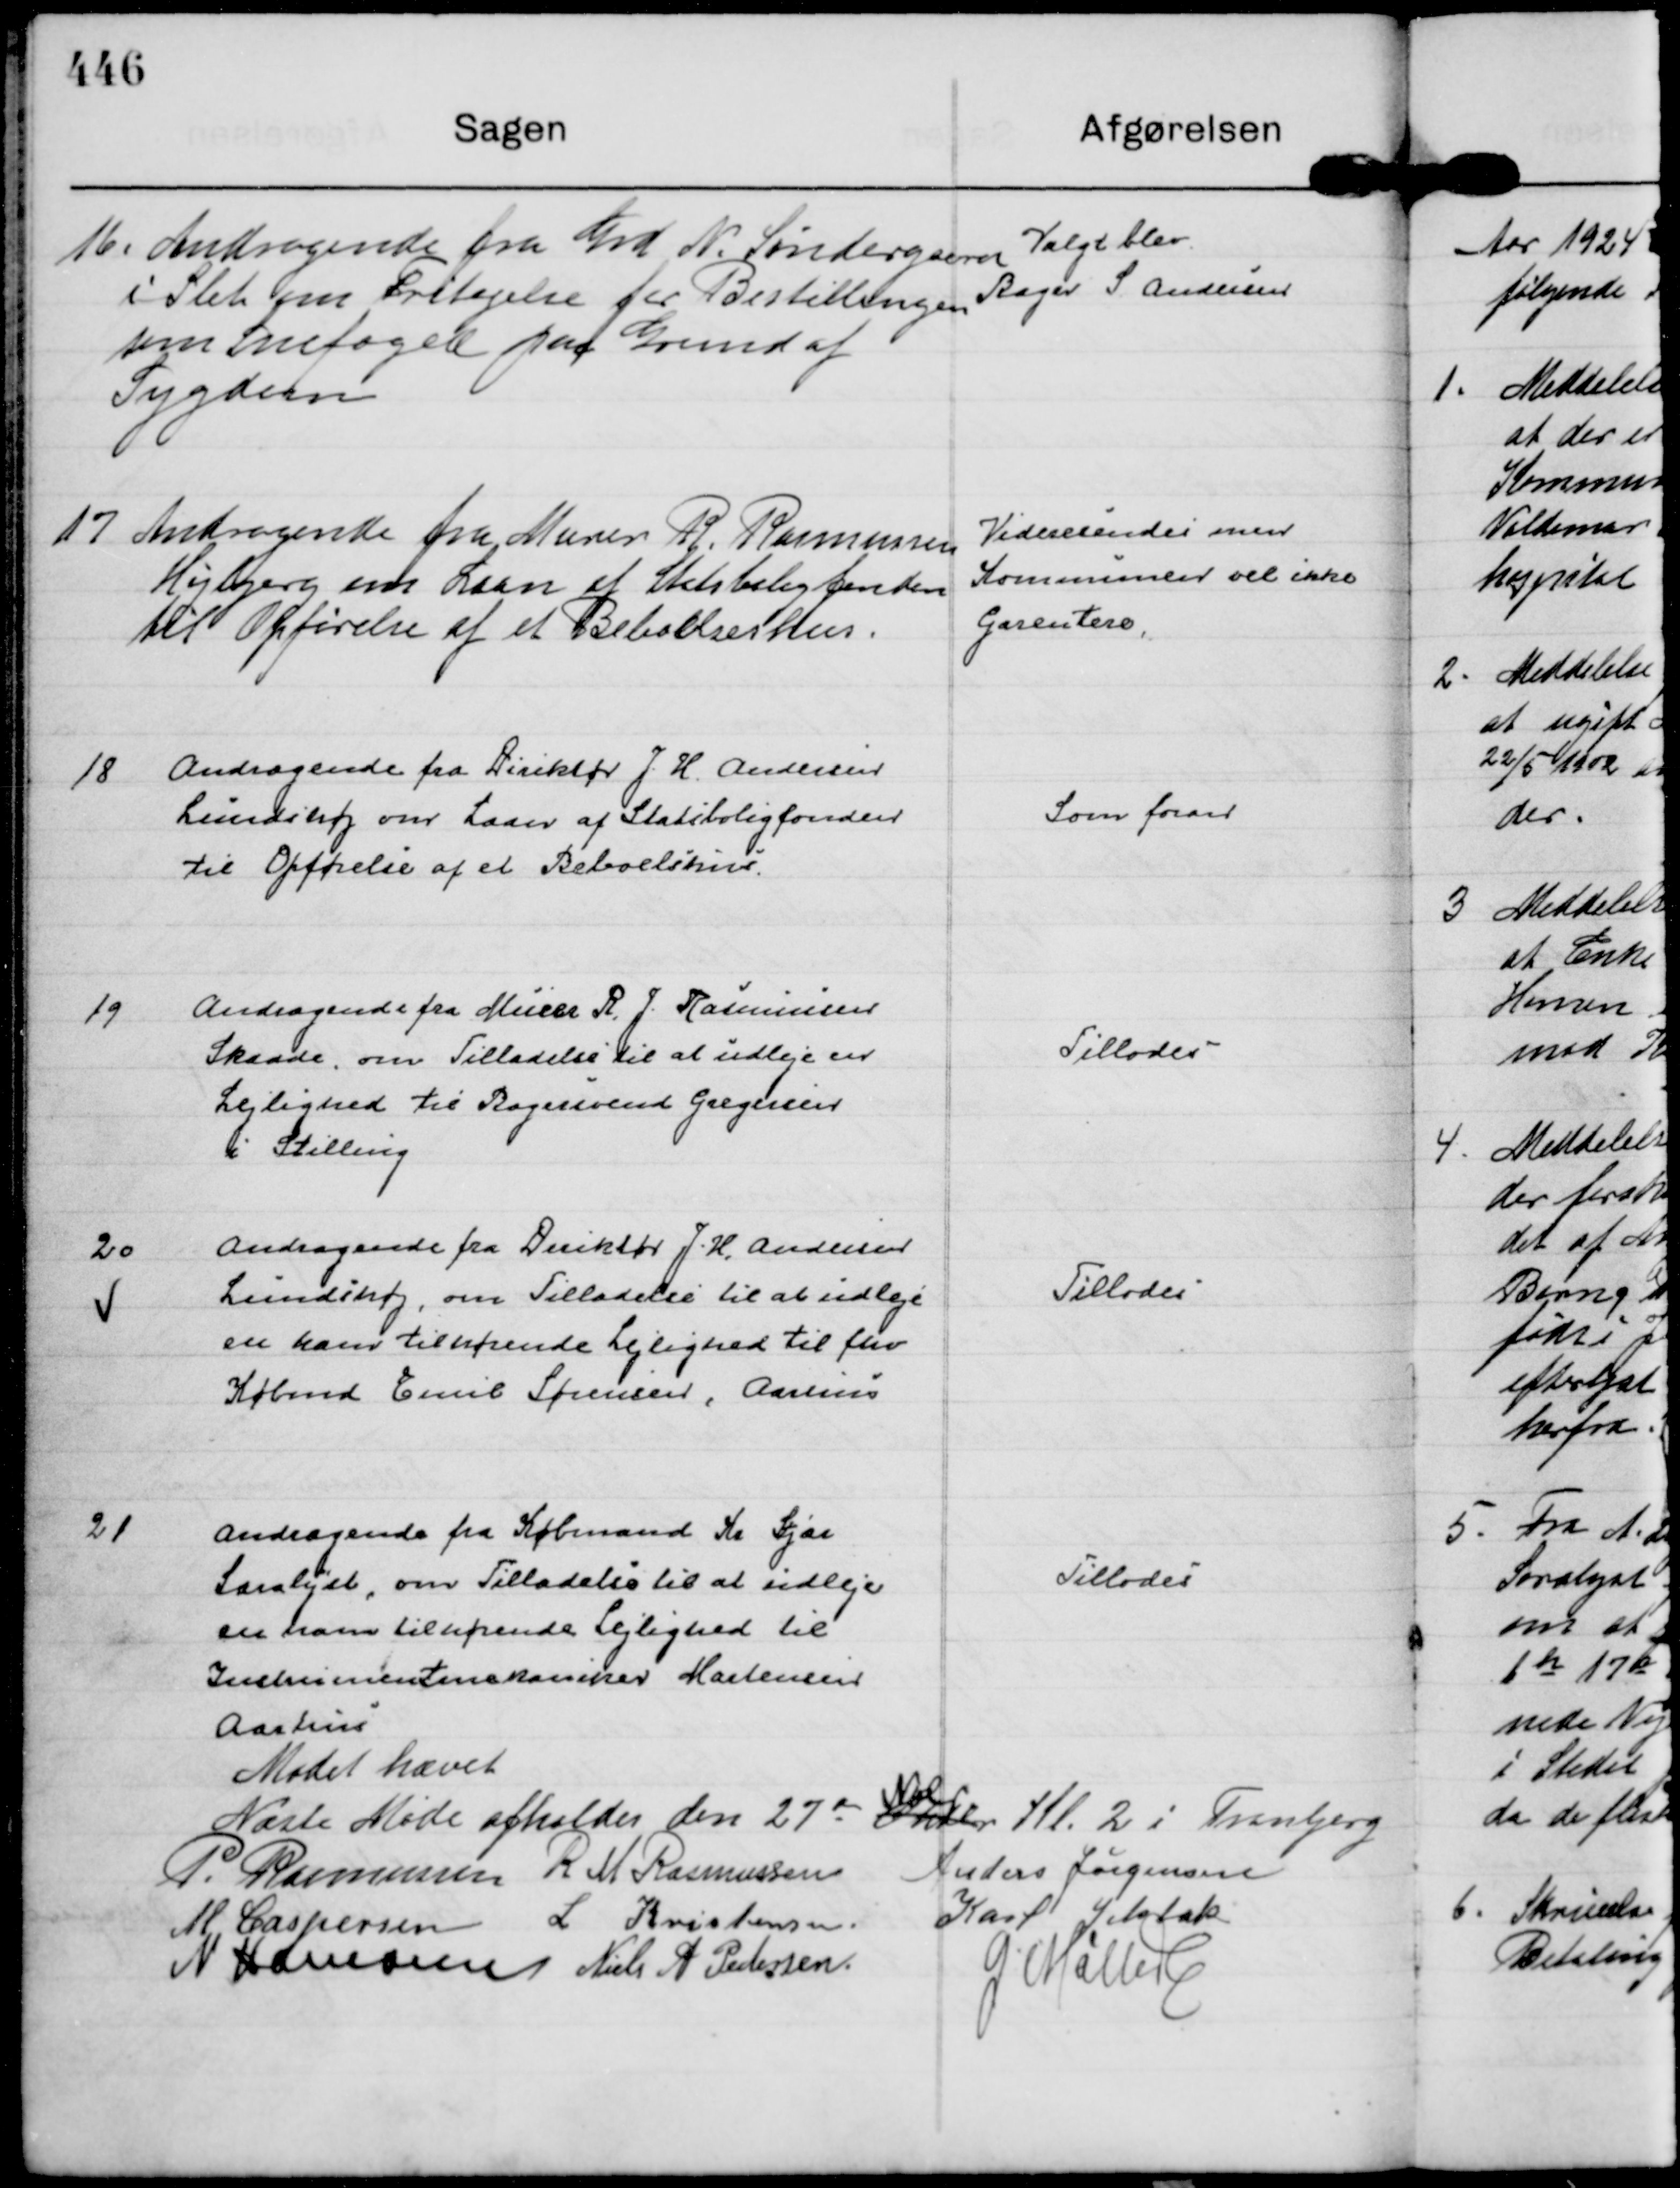
Transskription:
16.
Andragende fra Grd N. Søndergaard
i Slet om Fritagelse for Bestillingen
som Snefoged paa Grund af
Sygdom

Valgt blev.
Bager S. Andersen

17
Andragende fra Murer R. Rasmussen
Højbjerg om Laan af Statsboligfonden
til Opførelse af et Beboelseshus.

Videresendes men
Kommunen vil ikke 
Garentere.

18
Andragende fra Direktør J. H. Andersen
Lundshøj om Laan af Statsboliggonden
til Opførelse af et Beboelseshus.

Som foran

19
Andragende fra Murer R. J. Rasmussen
Skaade, om Tilladelse til at udleje en
Lejlighed til Bagersvend Gregersen
i Stilling

Tillodes

20
Andragende fra Direktør J. H. Andersen 
Lundshøj, om Tilladelse til at udleje
en ham tilhørende Lejlighed til fhv
Købmd Emil Sørensen, Aarhus

Tillodes

21
Andragende fra Købmand Kr Stjær
Saralyst, om Tilladelse til at udleje
en ham tilhørende Lejlighed til
Instrumentmekaniker Mortensen
Aarhus

Tillodes

Mødet hævet
Næste Møde afholdes den 27 de Oktbr
Nobr
Kl. 2 i Tranbjerg
P. Rasmussen
R M Rasmussen
Anders Jørgensen
M Caspersen
L Kristensen.
Karl Jelsbak
N Hamann
Niels A Pedersen.
G Møller